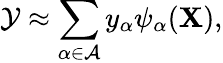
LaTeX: \mathcal{Y}\approx\sum_{\alpha\in\cal{A}}\mathnormal{y}_{\alpha}\psi_{\alpha}(\textbf{X}),